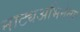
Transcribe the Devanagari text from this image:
नाट्यअभिनेत्या